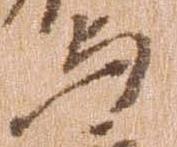
与